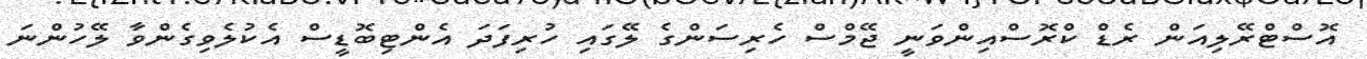
އޮސްޓްރޭލިއަން ރެޑް ކްރޮސްއިންވަނީ ޖޭމްސް ހެރިސަންގެ ލޭގައި ހުރިފަދަ އެންޓިބޮޑީސް އެކުލެވިގެންވާ ލޭހުންނަ